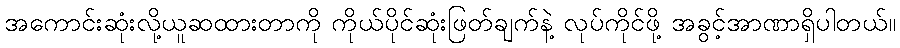
အကောင်းဆုံးလို့ယူဆထားတာကို ကိုယ်ပိုင်ဆုံးဖြတ်ချက်နဲ့ လုပ်ကိုင်ဖို့ အခွင့်အာဏာရှိပါတယ်။